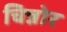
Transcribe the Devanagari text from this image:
चिन्नोर